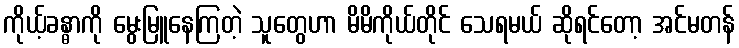
ကိုယ့်ခန္ဓာကို မွေးမြူနေကြတဲ့ သူတွေဟာ မိမိကိုယ်တိုင် သေရမယ် ဆိုရင်တော့ အင်မတန်